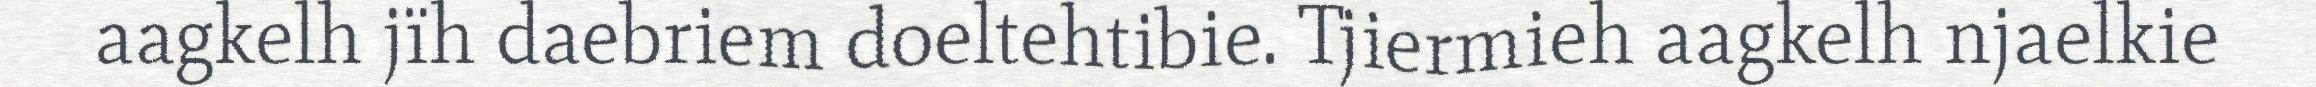
aagkelh jïh daebriem doeltehtibie. Tjiermieh aagkelh njaelkie